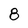
Character: 8